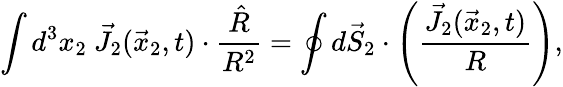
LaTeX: \int d^{3}x_{2}~\vec{J}_{2}(\vec{x}_{2},t)\cdot\frac{\hat{R}}{R^{2}}=\oint d\vec{S}_{2}\cdot\left(\frac{\vec{J}_{2}(\vec{x}_{2},t)}{R}\right),